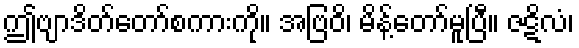
ဤဗျာဒိတ်တော်စကားကို။ အဗြဝိ၊ မိန့်တော်မူပြီ။ ဇဋိလံ၊